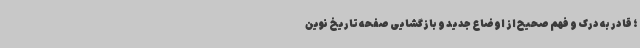
؛ قادر به درک و فهم صحیح از اوضاع جدید و بازگشایی صفحه تاریخ نوین